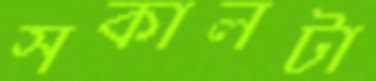
সকালটা